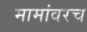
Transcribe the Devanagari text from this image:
मामांवरच